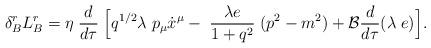
LaTeX: \begin{align*}\delta_{B}^r L_{B}^r = \eta\;\frac{d}{d \tau} \;\Bigl [q^{1/2}\lambda \;p_{\mu} \dot x^{\mu}- \; \frac{\lambda e}{1+ q^2} \;(p^2-m^2)+ {\cal B} \frac{d}{d\tau}(\lambda\;e) \Bigr ].\end{align*}